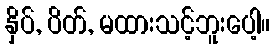
နှိပ်, ပိတ်, မထားသင့်ဘူးပေါ့။